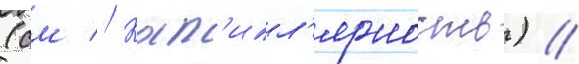
(см // Кап'илл'ярность) //